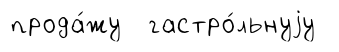
прода́жу гастро́льнуjу